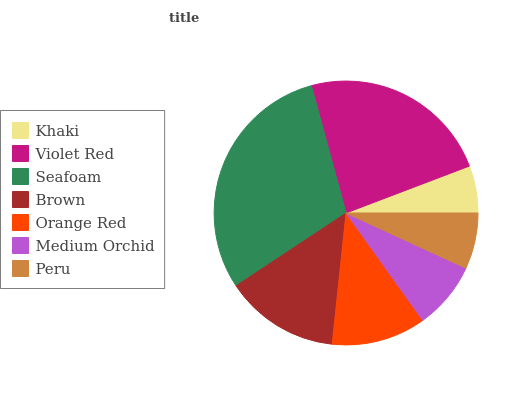
| Khaki | Violet Red | Seafoam | Brown | Orange Red | Medium Orchid | Peru |
 | --- | --- | --- | --- | --- | --- | --- |
 | 5.78% | 23.4% | 30.1% | 14% | 11.6% | 8.26% | 6.88% |